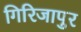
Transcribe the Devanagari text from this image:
गिरिजापुर